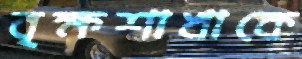
বৃক্ষশাখাকে